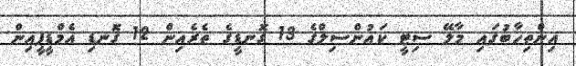
އިންތިޚާބުގައި މާލޭ ސިޓީ ކައުންސިލްގެ 13 ގޮނޑީގެ ތެރެއިން 12 ގޮނޑި އެމްޑީޕީއިން